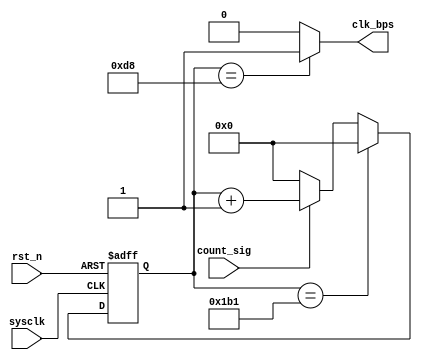
`timescale 1ns / 1ps
//////////////////////////////////////////////////////////////////////////////////
// Company: 
// Engineer: 
// 
// Design Name: 
// Module Name:    bps_module 
// Project Name: 
// Target Devices: 
// Tool versions: 
// Description: 
//
// Dependencies: 
//
// Revision: 
// Revision 0.01 - File Created
// Additional Comments: 
//
//////////////////////////////////////////////////////////////////////////////////
module bps_module(
    sysclk,
    rst_n,
    count_sig,
    clk_bps
    );
    
    input sysclk;
    input rst_n;
    input count_sig;
    output clk_bps;
    
    //115200 => bit 1/115200s
    //50MHz sysclk 50 * 10^6 * 1/115200 = 434
    //bit [0 216] clk_bps; [217 433]
    
    reg [8:0]count;
    
    always @(posedge sysclk or negedge rst_n) begin
        if (!rst_n)
            count <= 9'd0;
        else if (count == 9'd433)
            count <= 9'd0;
        else if (count_sig)
            count <= count + 1'b1;
        else
            count <= 9'd0;
    end
    
    assign clk_bps = (count == 9'd216) ? 1'b1 : 1'b0;
    
endmodule